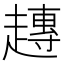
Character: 𧽢